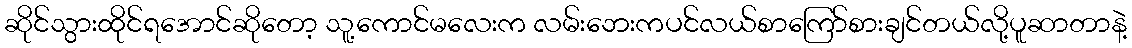
ဆိုင်သွားထိုင်ရအောင်ဆိုတော့ သူ့ကောင်မလေးက လမ်းဘေးကပင်လယ်စာကြော်စားချင်တယ်လို့ပူဆာတာနဲ့